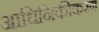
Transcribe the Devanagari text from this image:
आधिनिकीकरण